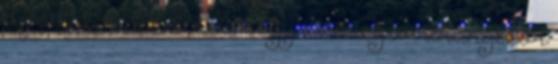
a poétát, hát kiderül, hogy az öreg úr ahányszor